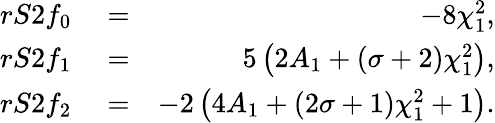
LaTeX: \begin{array}{rlr}{rS2f_{0}}&{{}=}&{-8\chi_{1}^{2},}\\ {rS2f_{1}}&{{}=}&{5\left(2A_{1}+(\sigma+2)\chi_{1}^{2}\right),}\\ {rS2f_{2}}&{{}=}&{-2\left(4A_{1}+(2\sigma+1)\chi_{1}^{2}+1\right).}\end{array}